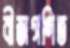
বীজগণিত